Indian journal of veterinary science and animal husbandry - Volume 6,
Year: 1936
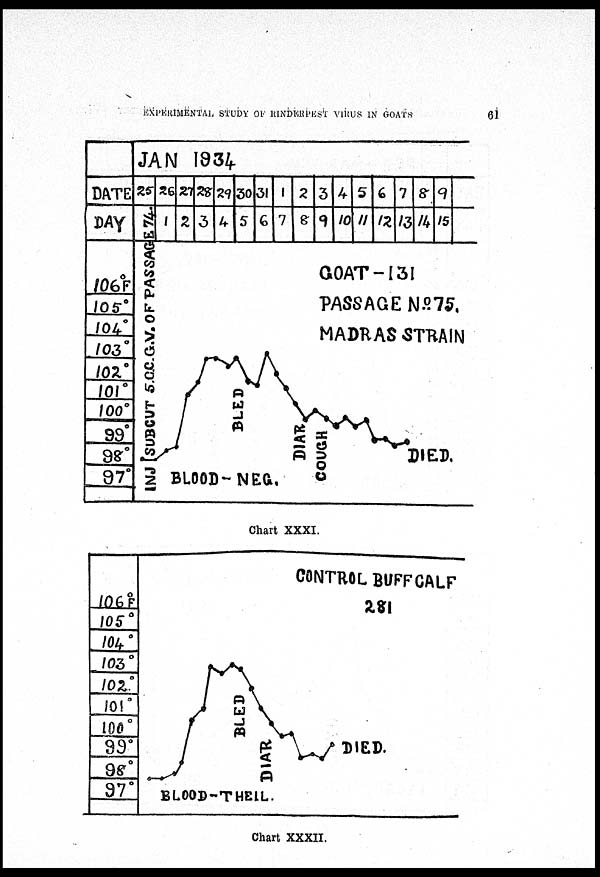
EXPERIMENTAL STUDY OF RINDERPEST VIRUS IN GOATS
61
Chart XXXI.
Chart XXXII.